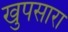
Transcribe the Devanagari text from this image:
खुपसारा